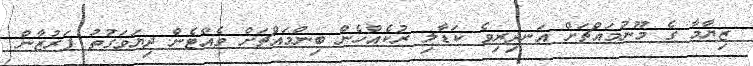
ޒިޔާމާ ގެ މޫނުމައްޗަށް އަނދިރިވެ ކަޑާލި ރުކެއްހެން ބިންމައްޗަށް ވެއްޓެން ދިޔަވަގުތު ފަރުޒާން